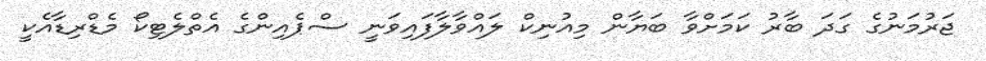
ޖަރުމަނުގެ ގަދަ ބާރު ކަމަށްވާ ބަޔާން މިއުނިކް ލައްވާލާފައިވަނީ ސްޕެއިންގެ އެތްލެޓިކޯ މެޑްރިޑާއެކީ